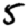
Digit: 5